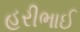
હરીભાઈ